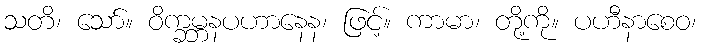
သတိ၊ သော်။ ဝိက္ခမ္ဘနပဟာနေန၊ ဖြင့်။ ကာမာ၊ တို့ကို။ ပဟီနာစေဝ၊